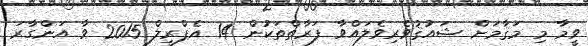
ވީމާ މި މަޤާމަށް ޝައުޤުވެރިވެލައްވާ ފަރާތްތަކުން 14 އެޕްރީލް 2015 ވާ އަންގާރަ